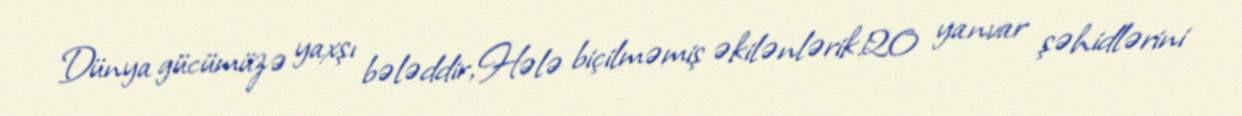
Dünya gücümüzə yaxşı bələddir,Hələ biçilməmiş əkilənlərik!20 yanvar şəhidlərini